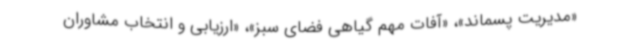
«مدیریت پسماند»، «آفات مهم گیاهی فضای سبز»، «ارزیابی و انتخاب مشاوران